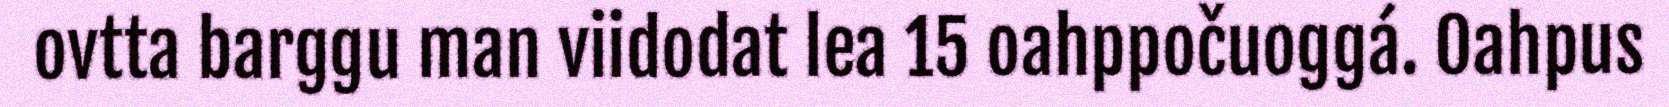
ovtta barggu man viidodat lea 15 oahppočuoggá. Oahpus